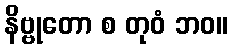
နိဗ္ဗုတော စ တုဝံ ဘဝ။